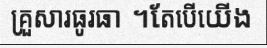
គ្រួសារធូរធា ។តែបើយើង